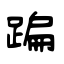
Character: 蹁